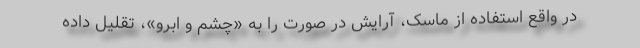
در واقع استفاده از ماسک، آرایش در صورت را به «چشم و ابرو»، تقلیل داده